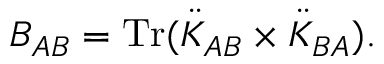
B _ { A B } = \mathrm { T r } ( \ddot { K } _ { A B } \times \ddot { K } _ { B A } ) .